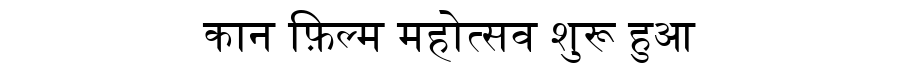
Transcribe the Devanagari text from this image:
कान फ़िल्म महोत्सव शुरू हुआ